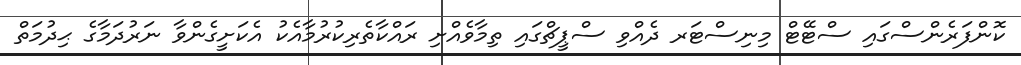
ކޮންފަރެންސްގައި ސްޓޭޓް މިނިސްޓަރ ދެއްވި ސްޕީޗްގައި ތިމާވެއްށި ރައްކާތެރިކުރުމާއެކު އެކަށީގެންވާ ނަރުދަމާގެ ޙިދުމަތް